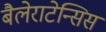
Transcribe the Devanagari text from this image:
बैलेराटेन्सिस